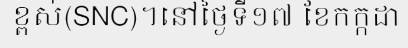
ខ្ពស់(SNC)។នៅថ្ងៃទី១៧ ខែកក្កដា